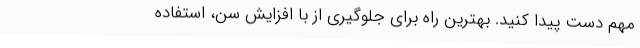
مهم دست پیدا کنید. بهترین راه برای جلوگیری از با افزایش سن، استفاده